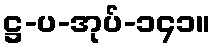
ဋ္ဌ-ပ-အုပ်-၁၄၁။